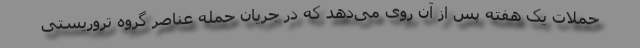
حملات یک هفته پس از آن روی می‌دهد که در جریان حمله عناصر گروه تروریستی